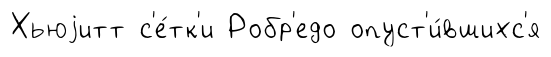
Хьюjитт с'е́тк'и Робр'едо опуст'и́вшихс'я